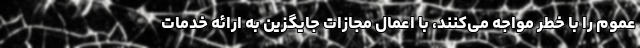
عموم را با خطر مواجه می‌کنند، با اعمال مجازات جایگزین به ارائه خدمات